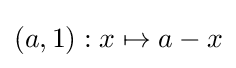
(a,1):x\mapsto a-x